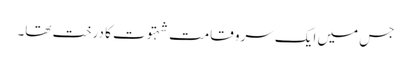
جس میں ایک سرو قامت شہتوت کا درخت تھا۔